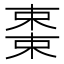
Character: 𬃷